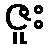
ဇူး